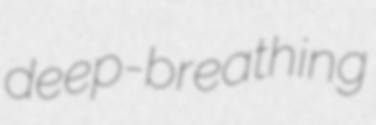
deep-breathing